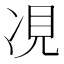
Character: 𫝎